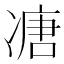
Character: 𠗶